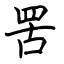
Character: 罟